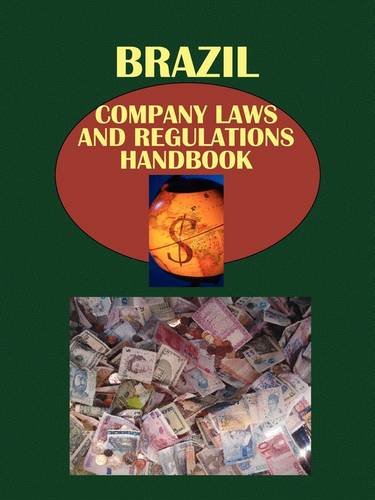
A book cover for Brazil Company Laws and Regulations Handbook (World Law Business Library); Ibp Usa; Law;